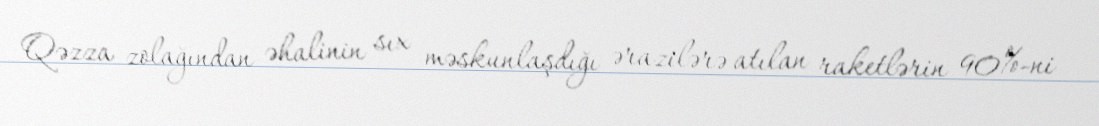
Qəzza zolağından əhalinin sıx məskunlaşdığı ərazilərə atılan raketlərin 90%-ni